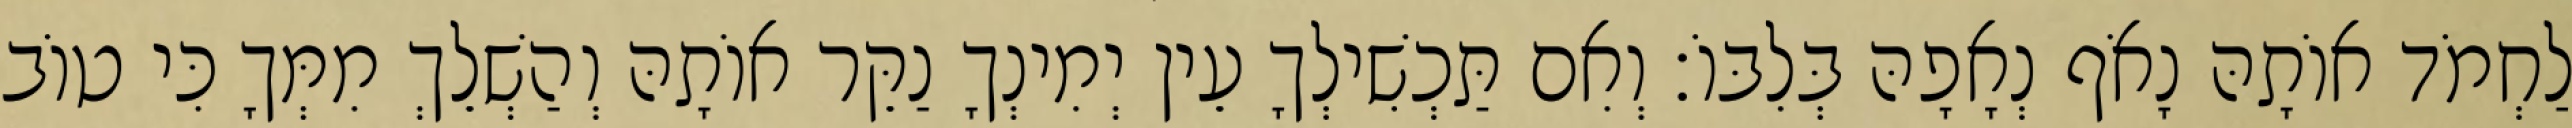
לַחְמֹד אוֹתָהּ נָאֹף נְאָפָהּ בְּלִבּוֹ׃ וְאִם תַּכְשִׁילְךָ עֵין יְמִינְךָ נַקֵּר אוֹתָהּ וְהַשְׁלֵךְ מִמְּךָ כִּי טוֹב